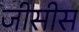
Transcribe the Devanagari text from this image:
जीसीस